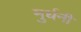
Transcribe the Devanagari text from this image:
मुर्धनी